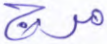
مرج